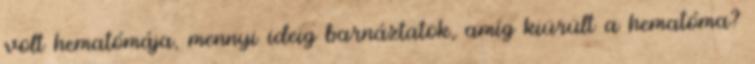
volt hematómája, mennyi ideig barnáztatok, amíg kiürült a hematóma?